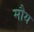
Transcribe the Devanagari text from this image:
मौय